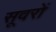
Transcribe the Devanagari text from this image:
सूवरों